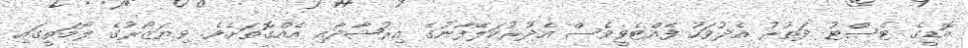
އޮޑީގެ ޓެސްޓު ދަތުރު އެދުވަހު ފެއްޓެވީވެސް އެދުރުކަލޭފާނުގެ އިރުޝާދާއި އެއްގޮތަށެވެ. ވިޔަޒޯރުގެ ލޯމަތީގައި